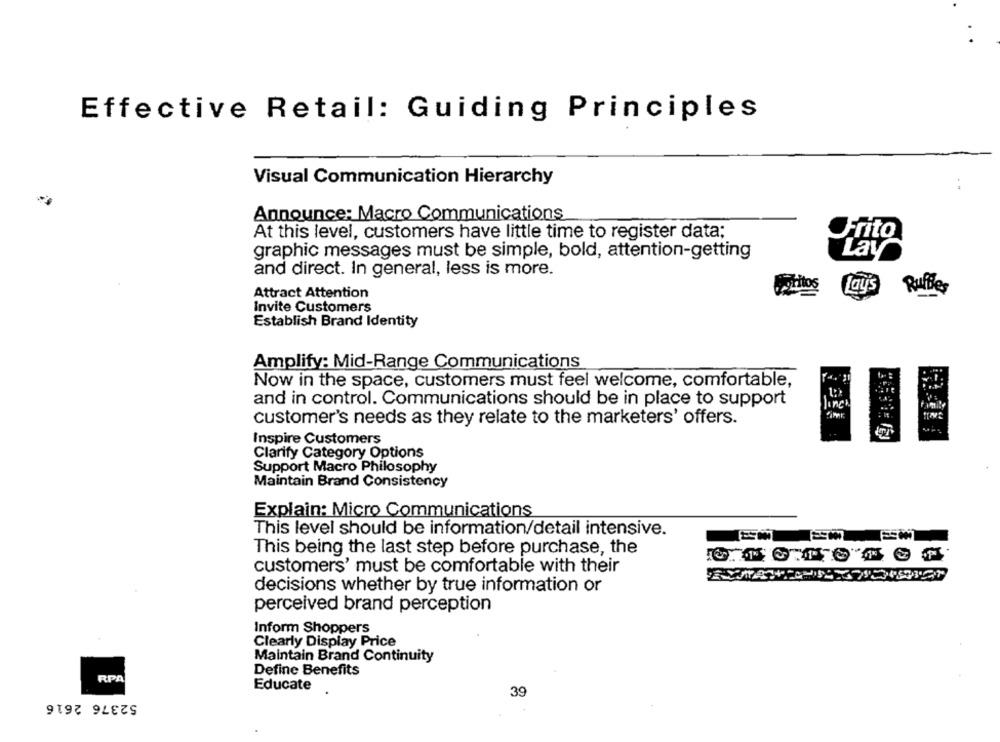
Effective Retail: Guiding Principles
Visual Communication Hierarchy
Announce: Macro Communications
At this level, customers have little time to register data;
Frito
graphic messages must be simple, bold, attention-getting
Lay
and direct. In general, less is more.
itos
Lay's
RuiBes
Attract Attention
Invite Customers
Establish Brand Identity
Amplify: Mid-Range Communications
Now in the space, customers must feel welcome, comfortable,
and in control. Communications should be in place to support
lunch
customer's needs as they relate to the marketers' offers.
Inspire Customers
Clarify Category Options
Support Macro Philosophy
Maintain Brand Consistency
Explain: Micro Communications
This level should be information/detail intensive.
This being the last step before purchase, the
customers' must be comfortable with their
decisions whether by true information or
perceived brand perception
Inform Shoppers
Clearly Display Price
Maintain Brand Continuity
Define Benefits
RP
Educate
52376 2616
39